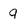
Character: 9